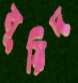
মূয়িদ